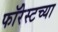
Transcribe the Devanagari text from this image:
फॉरेस्टच्या